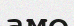
аме